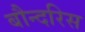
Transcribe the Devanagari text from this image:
बौन्दरिस